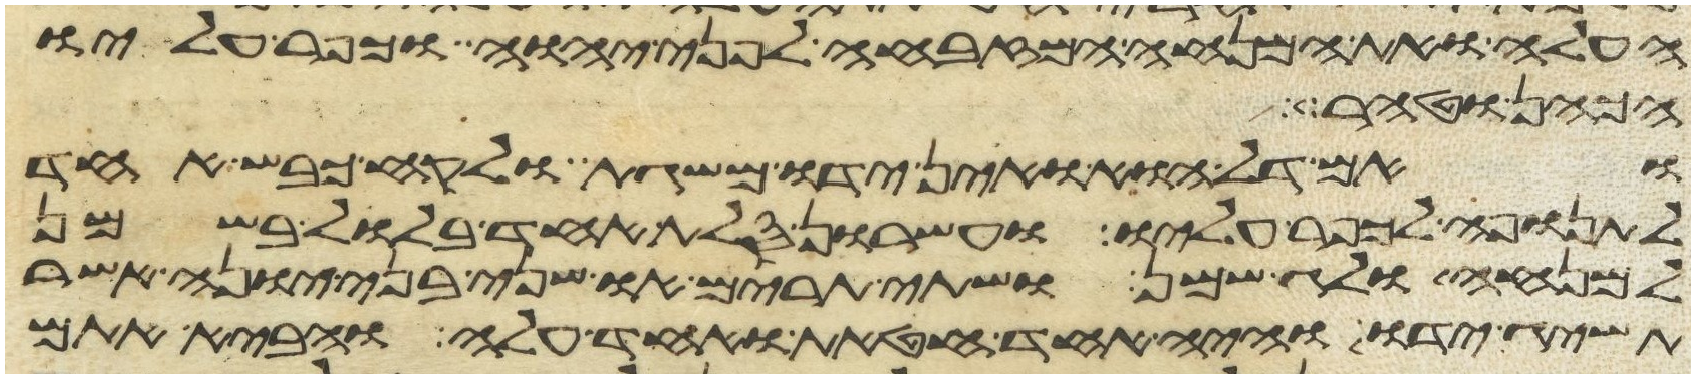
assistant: העלה ואת המנחה המזבחה לפני יהוה וכפר עליו
הכהן וטהר
ואם דל הוא ואין ידו משגת ולקח כבש אחד
לתנופה לכפר עליו ועשרון סלת אחד בלול בשמן
למנחה ולג שמן ושתי תרים או שני בני יונה אשר
תשיג ידו והיה אחד חטאת ואחד עלה והביא אתם